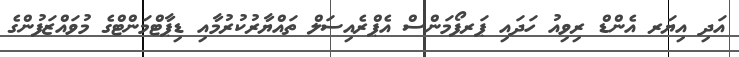
އަދި އިޔަރ އެންޑް ރިވިއު ހަދައި ޕަރފޯމަންސް އެޕްރެއިސަލް ތައްޔާރުކުރުމާއި ޑިޕާޓްމަންޓްގެ މުވައްޒަފުންގެ